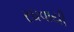
રઘવાયી